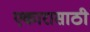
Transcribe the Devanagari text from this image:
एकारासाठी